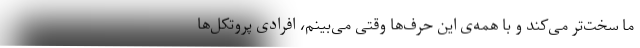
ما سخت‌تر می‌کند و با همه‌ی این حرف‌ها وقتی می‌بینم، افرادی پروتکل‌ها